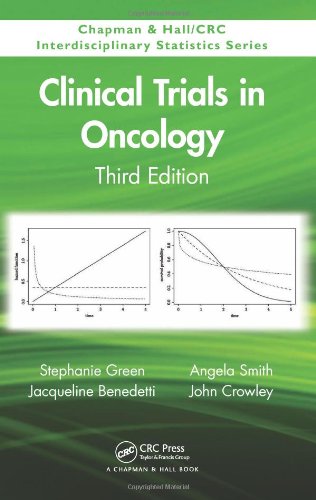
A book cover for Clinical Trials in Oncology, Third Edition (Chapman & Hall/CRC Interdisciplinary Statistics); Stephanie Green; Medical Books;